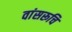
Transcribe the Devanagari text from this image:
वांसरूचि